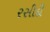
રસીદી